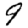
Digit: 9